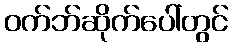
ဝက်ဘ်ဆိုက်ပေါ်တွင်